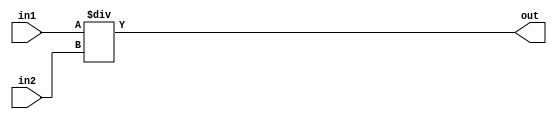
// This program was cloned from: https://github.com/VeriGOOD-ML/public
// License: Apache License 2.0

`timescale 1ns/1ps
module divider (
	in1,
  	in2,
  	out
);
	//--------------------------------------------------------------------------------------
	parameter dataLen = 32;
	parameter fractionLen = 15;
	//--------------------------------------------------------------------------------------

	//--------------------------------------------------------------------------------------
	input [dataLen - 1 : 0 ]  in1;
	input [dataLen - 1 : 0 ]  in2;
	output [dataLen - 1 : 0 ] out;
	//--------------------------------------------------------------------------------------

	assign out = in1 / in2;

endmodule